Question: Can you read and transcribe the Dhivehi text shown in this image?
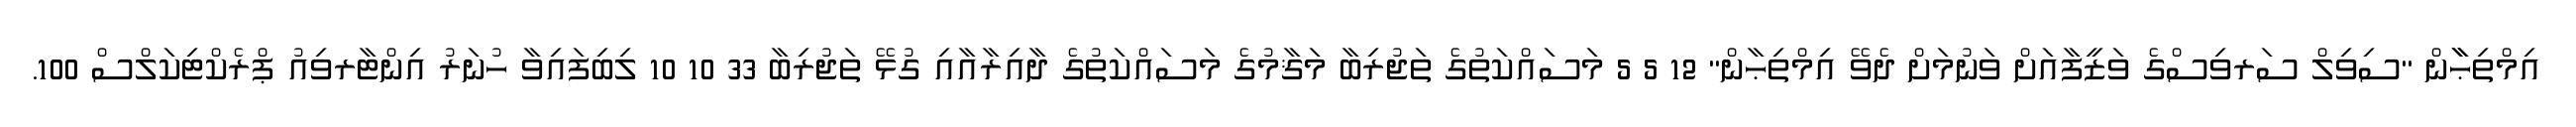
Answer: އިމްތިޙާާން "ސިވިލް ސަރވިސްގެ ވަޒީފާއަށް ވަނުމަށް ދެވޭ އިމްތިޙާން" 12 5 5 މަސައްކަތުގެ ތަޖުރިބާ މަޤާމުގެ މަސައްކަތުގެ ދާއިރާއާއި ގުޅޭ ތަޖުރިބާ 33 10 10 ލިބިފައިވާ ހުނަރު އިންޓާރވިއު ޕްރެކްޓިކަލްސް 100.